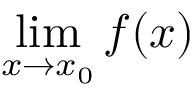
\operatorname* { l i m } _ { x \to x _ { 0 } } f ( x )